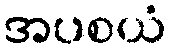
အပစယံ